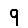
Digit: 9